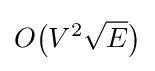
O{\bigl (}V^{2}{\sqrt {E}}{\bigr )}